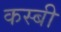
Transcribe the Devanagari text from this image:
कस्बी